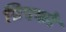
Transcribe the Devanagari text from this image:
ग्रिएको